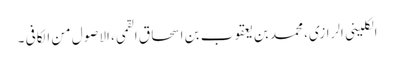
الکلینی الرازی، محمد بن یعقوب بن اسحاق القمی، الاصول من الکافی ۔